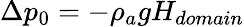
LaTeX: \Delta p_{0}=-\rho_{a}gH_{domain}